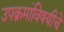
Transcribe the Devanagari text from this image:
उपक्रमांविषयीचे